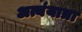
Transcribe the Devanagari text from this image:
अत्यंयात्रा